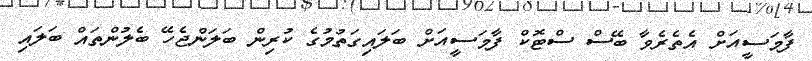
ފާމަސީއަށް އެތެރެވާ ބޭސް ސްޓޮކް ފާމަސީއަށް ބަލައިގަތުމުގެ ކުރިން ބަލަންޖެހޭ ބެލުންތައް ބަލައި